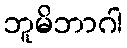
ဘူမိဘာဂါ